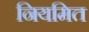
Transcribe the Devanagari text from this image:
नियमित